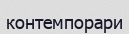
контемпорари